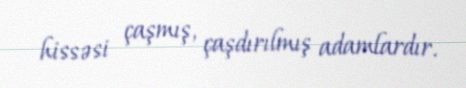
hissəsi çaşmış, çaşdırılmış adamlardır.